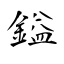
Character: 鎰